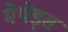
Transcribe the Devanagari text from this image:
मेथेड्स